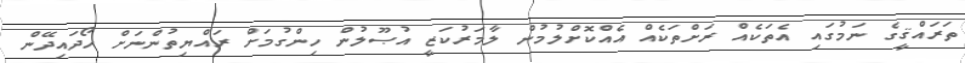
ތަރައްޤީގެ ނަމުގައި އެތަކެއް ރަށްތަކެއް އެއްކޮށްލުމުން ލާމަރުކަޒީ އުޞޫލުން ހިންގުމަށް ރައްޔިތުންނަށް ހޯދައިދޭން